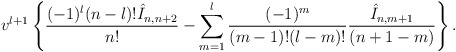
\begin{align*} v^{l+1}\left\{\frac{(-1)^l(n-l)!\hat{I}_{n,n+2}}{n!}-\sum_{m=1}^l\frac{(-1)^m}{(m-1)!(l-m)!}\frac{\hat{I}_{n,m+1}}{(n+1-m)}\right\}.\end{align*}